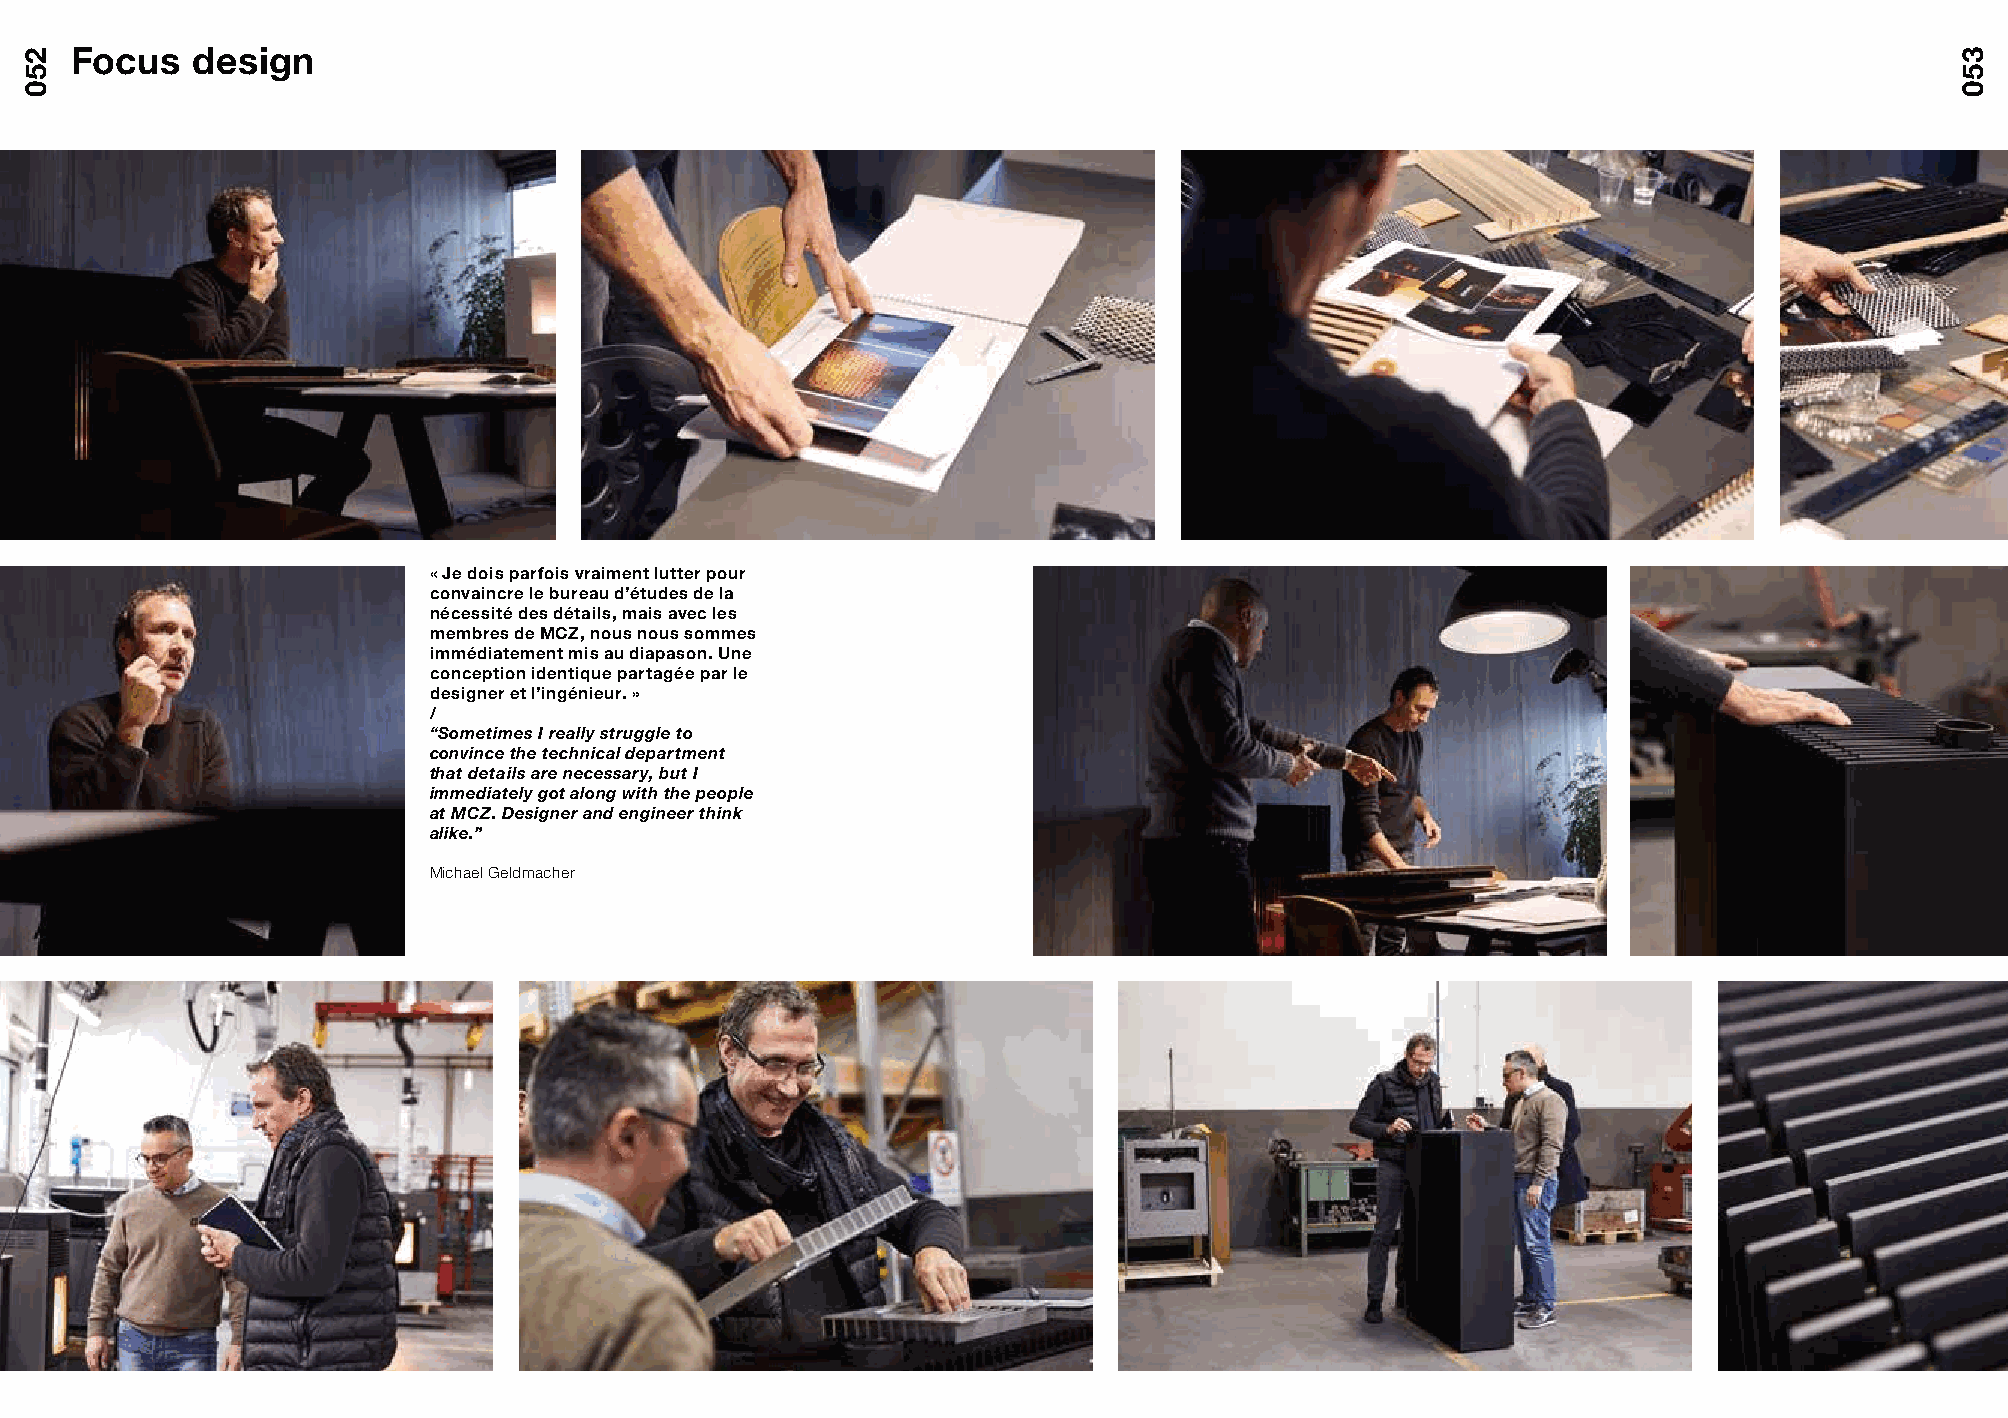
Focus   design
 « Je dois parfois vraiment lutter pour
 convaincre le bureau d’études de la
 nécessité des détails, mais avec les
 membres de MCZ, nous nous sommes
 immédiatement mis au diapason. Une
 conception identique partagée par le
 designer et l’ingénieur. »
 /
 “Sometimes I really struggle to
 convince the technical department
 that details are necessary, but I
 immediately got along with the people
 at MCZ. Designer and engineer think
 alike.”
 Michael Geldmacher
 250                                                                                                                             350